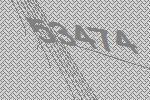
53474